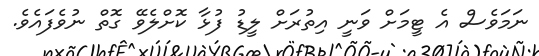
ނަމަވެސް އެ ޓީމަށް ވަނީ އިތުރަށް ލީޑު ފުޅާ ކޮށްލެވޭ ގޮތް ނުވެފައެވެ.